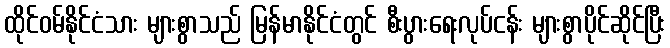
ထိုင်ဝမ်နိုင်ငံသား များစွာသည် မြန်မာနိုင်ငံတွင် စီးပွားရေးလုပ်ငန်း များစွာပိုင်ဆိုင်ပြီး